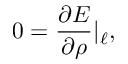
0 = \frac { \partial E } { \partial \rho } | _ { \ell } ,